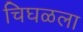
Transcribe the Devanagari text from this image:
चिघळला